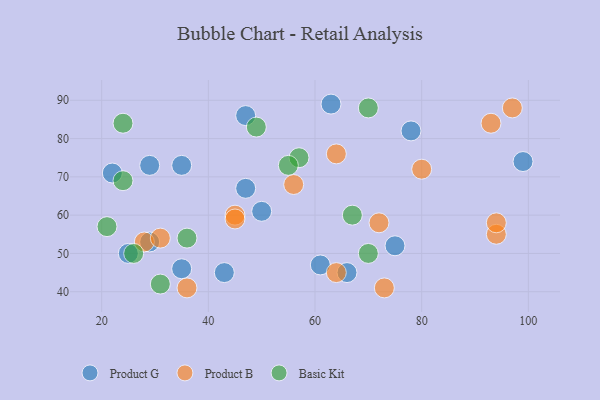
{"axis": {"x": "GDP", "y": "Life Expectancy"}, "legend": ["Basic Kit", "Product B", "Product G"], "data": [{"x": "63", "y": 89, "type": "Product G"}, {"x": "47", "y": 86, "type": "Product G"}, {"x": "25", "y": 50, "type": "Product G"}, {"x": "29", "y": 53, "type": "Product G"}, {"x": "47", "y": 67, "type": "Product G"}, {"x": "75", "y": 52, "type": "Product G"}, {"x": "78", "y": 82, "type": "Product G"}, {"x": "99", "y": 74, "type": "Product G"}, {"x": "22", "y": 71, "type": "Product G"}, {"x": "35", "y": 46, "type": "Product G"}, {"x": "66", "y": 45, "type": "Product G"}, {"x": "43", "y": 45, "type": "Product G"}, {"x": "50", "y": 61, "type": "Product G"}, {"x": "29", "y": 73, "type": "Product G"}, {"x": "35", "y": 73, "type": "Product G"}, {"x": "61", "y": 47, "type": "Product G"}, {"x": "28", "y": 53, "type": "Product B"}, {"x": "36", "y": 41, "type": "Product B"}, {"x": "31", "y": 54, "type": "Product B"}, {"x": "80", "y": 72, "type": "Product B"}, {"x": "45", "y": 60, "type": "Product B"}, {"x": "93", "y": 84, "type": "Product B"}, {"x": "56", "y": 68, "type": "Product B"}, {"x": "45", "y": 59, "type": "Product B"}, {"x": "64", "y": 76, "type": "Product B"}, {"x": "64", "y": 45, "type": "Product B"}, {"x": "94", "y": 55, "type": "Product B"}, {"x": "72", "y": 58, "type": "Product B"}, {"x": "94", "y": 58, "type": "Product B"}, {"x": "97", "y": 88, "type": "Product B"}, {"x": "73", "y": 41, "type": "Product B"}, {"x": "49", "y": 83, "type": "Basic Kit"}, {"x": "31", "y": 42, "type": "Basic Kit"}, {"x": "67", "y": 60, "type": "Basic Kit"}, {"x": "36", "y": 54, "type": "Basic Kit"}, {"x": "70", "y": 88, "type": "Basic Kit"}, {"x": "24", "y": 69, "type": "Basic Kit"}, {"x": "26", "y": 50, "type": "Basic Kit"}, {"x": "70", "y": 50, "type": "Basic Kit"}, {"x": "57", "y": 75, "type": "Basic Kit"}, {"x": "21", "y": 57, "type": "Basic Kit"}, {"x": "55", "y": 73, "type": "Basic Kit"}, {"x": "24", "y": 84, "type": "Basic Kit"}]}